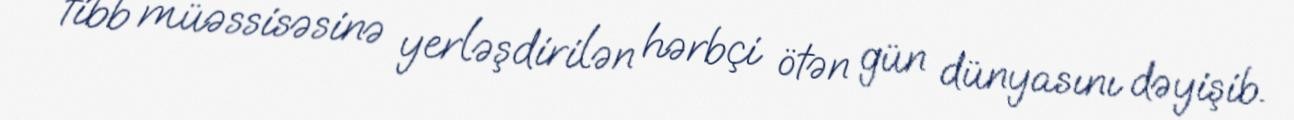
tibb müəssisəsinə yerləşdirilən hərbçi ötən gün dünyasını dəyişib.